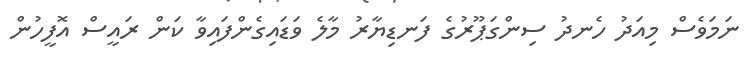
ނަމަވެސް މިއަދު ހެނދު ސިންގަޕޫރުގެ ފަނޑިޔާރު މާލެ ވަޑައިގެންފައިވާ ކަން ރައީސް އޮފީހުން